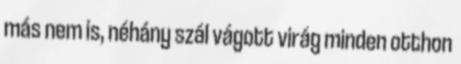
más nem is, néhány szál vágott virág minden otthon